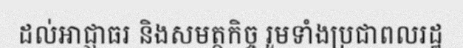
ដល់អាជ្ញាធរ និងសមត្ថកិច្ច រួមទាំងប្រជាពលរដ្ឋ